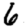
Digit: 6